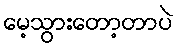
မေ့သွားတော့တာပဲ